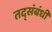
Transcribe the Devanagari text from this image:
तद्संबंधी